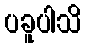
ပခူပါသိ